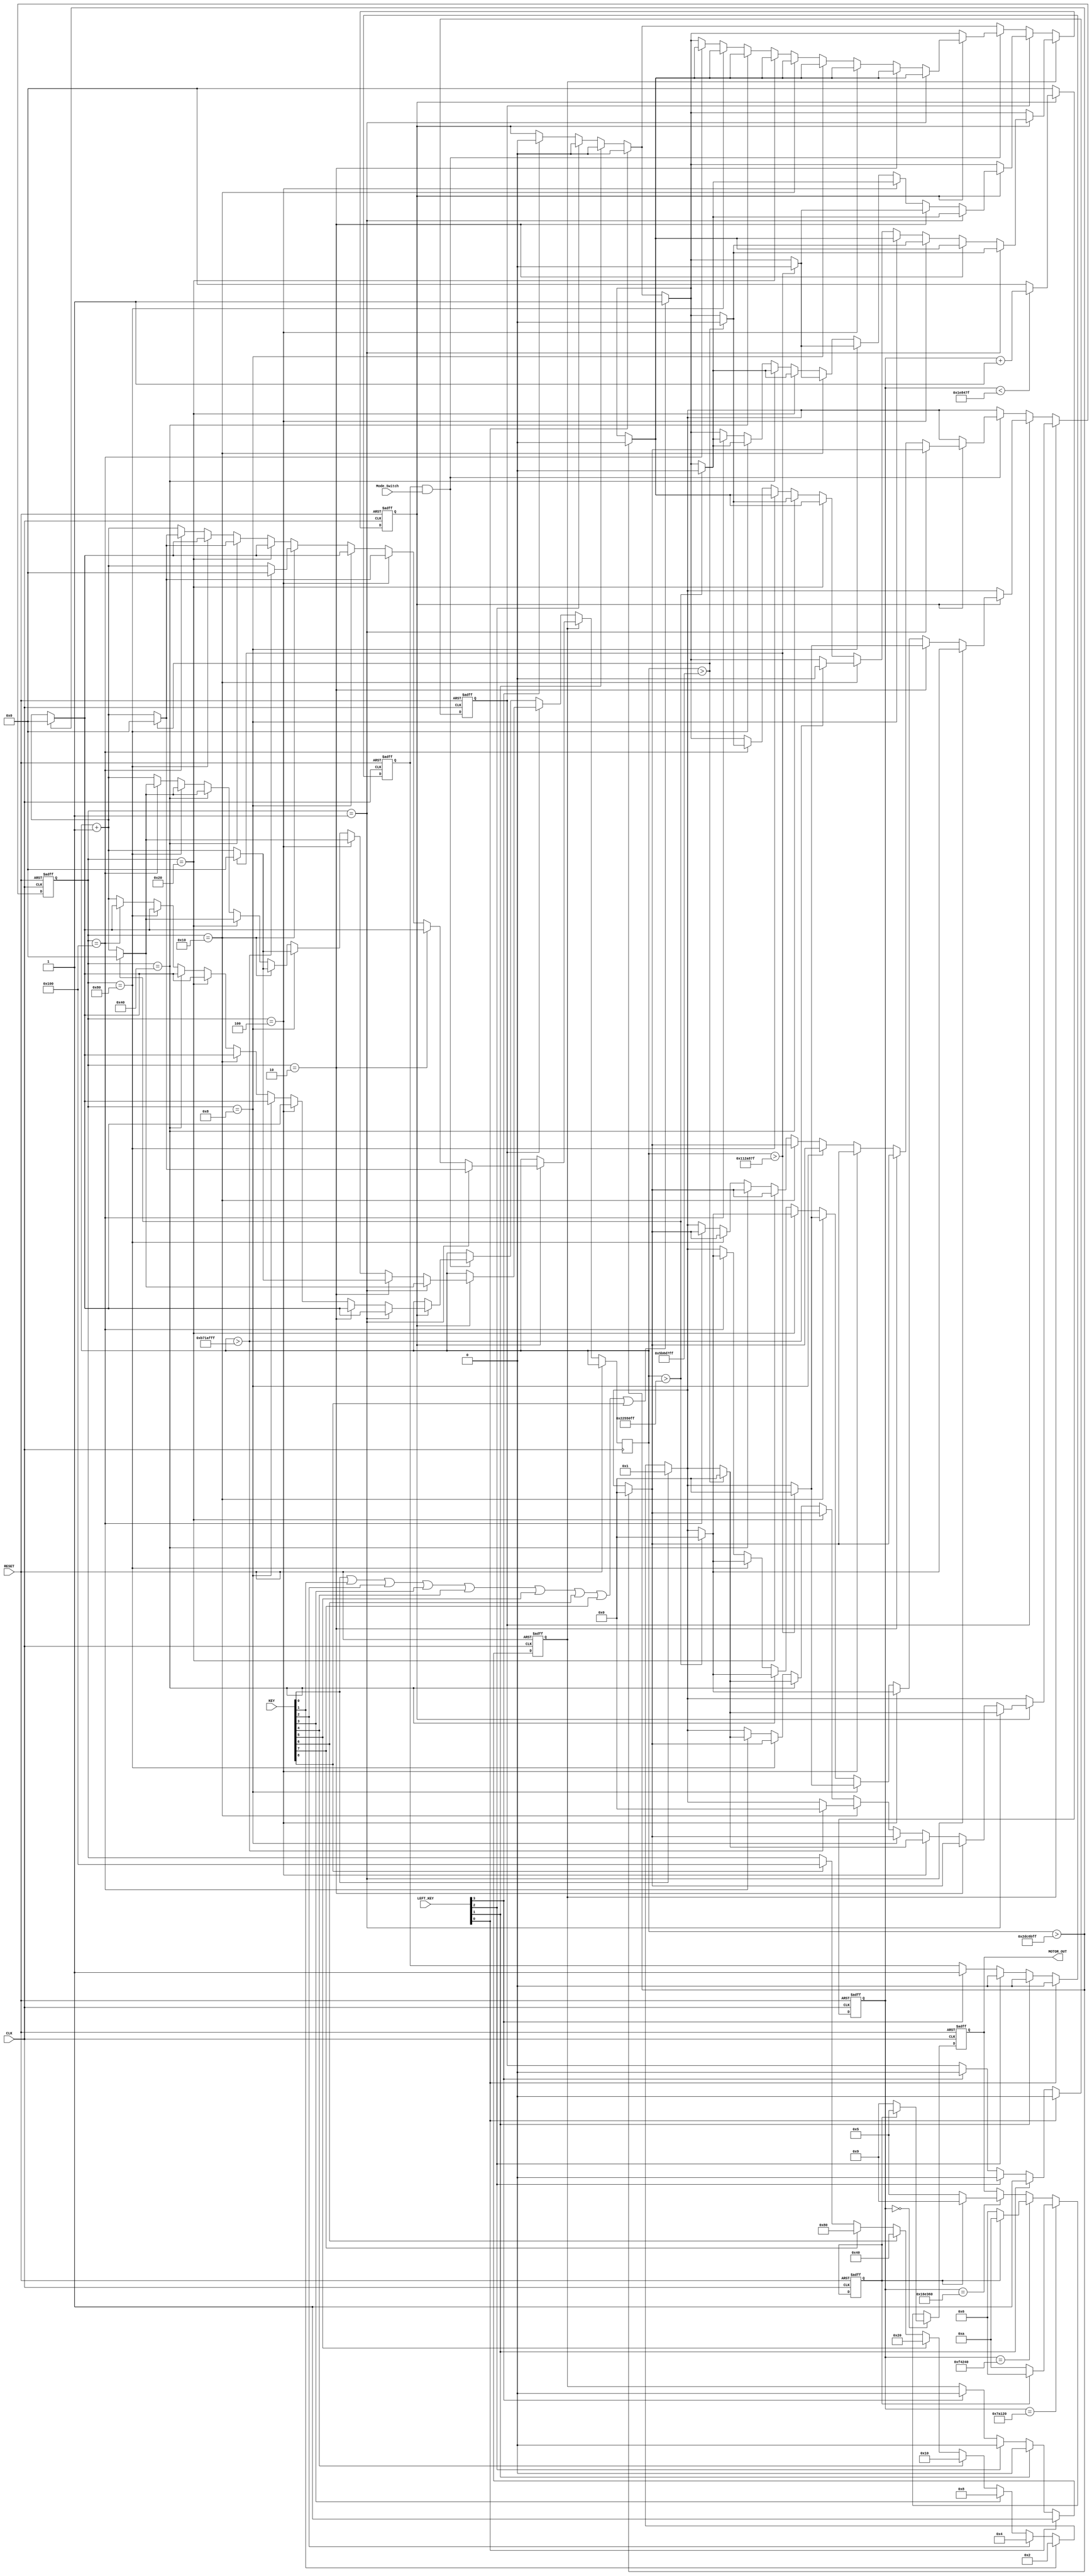
`timescale 1ns / 1ps
module motor(
	input		RESET,
	input 	Mode_Switch,
	input		CLK,
	input		[3:0]	LEFT_KEY,
	output	reg 	[3:0]	MOTOR_OUT,
	
	input[8:0] KEY
);

reg	[31:0]	cnt_motor;
reg	[7:0]		cnt_sw_dir;
reg	[7:0]		cnt_sw_on;
reg			sw_dir;
reg			sw_on;
wire	[31:0]	motor_speed;

reg			reg_MOTOR_DIR;
reg			reg_MOTOR_ON;
reg [8:0] SW;
reg	[31:0] Motor_time;
reg LEFT_K0;
reg LEFT_K1;
reg LEFT_K2;
reg LEFT_K3;

assign motor_speed = 32'd2000000; //Mode_Switch ? 32'd23900000 : 32'd2000000;

/*reg [24:0] cnt;

always @ (posedge CLK or posedge RESET)
begin
	if(RESET)
		cnt <= 25'd0;
	else if(cnt<25'd24999999)
		cnt <= cnt + 25'd1;
	else
	cnt <= 25'd0;
end

always @ (posedge CLK or posedge RESET)
begin
	if(RESET)
		Motor_time <= 0;
	else if(cnt==25'd24999999)
		Motor_time <= Motor_time+1'd1;
end*/

//    Edge Detector  Step Motor On/Off   
always @ (posedge RESET or posedge CLK)
begin
	if(RESET)
		begin
			reg_MOTOR_DIR	<=	1'b0;
			reg_MOTOR_ON		<=	1'b0;
			sw_dir			<=	1'b0;
			sw_on			<=	1'b0;
			SW<=9'b0;
			
			LEFT_K0 <= 0;
			LEFT_K1 <= 0;
			LEFT_K2 <= 0;
			LEFT_K3 <= 0;
		end
	else
		begin
			//reg_MOTOR_DIR	<=	LEFT_KEY[3];
			if(LEFT_KEY[0]==1) begin
				LEFT_K0<=1;
				LEFT_K1<=0;
				LEFT_K2<=0;
				LEFT_K3<=0;
				sw_on<=1'b0; end
			else if(LEFT_KEY[1]==1) begin
				LEFT_K0<=0;
				LEFT_K1<=1;
				LEFT_K2<=0;
				LEFT_K3<=0;
				sw_on<=1'b0; end	
			else if(LEFT_KEY[2]==1) begin
				LEFT_K0<=0;
				LEFT_K1<=0;
				LEFT_K2<=1;
				LEFT_K3<=0;
				sw_on<=1'b0; end	
			else if(LEFT_KEY[3]==1) begin
				LEFT_K0<=0;
				LEFT_K1<=0;
				LEFT_K2<=0;
				LEFT_K3<=1;
				sw_on<=1'b0; end
				
			if(KEY[0]==1)
				SW <= 9'b000000001;
			else if(KEY[1]==1)
				SW <= 9'b000000010;
			else if(KEY[2]==1)
				SW <= 9'b000000100;
			else if(KEY[3]==1)
				SW <= 9'b000001000;
			else if(KEY[4]==1)
				SW <= 9'b000010000;
			else if(KEY[5]==1)
				SW <= 9'b000100000;
			else if(KEY[6]==1)
				SW <= 9'b001000000;
			else if(KEY[7]==1)
				SW <= 9'b010000000;
			else if(KEY[8]==1)
				SW <= 9'b100000000;		
					
			if(LEFT_K0==1)/////////////////////////////////////////////////////////////////////////////////////////////////////////////
			begin
				if(KEY[0]==1||KEY[1]==1||KEY[2]==1||KEY[3]==1||KEY[4]==1||KEY[5]==1||KEY[6]==1||KEY[7]==1||KEY[8]==1)
					sw_on<=1'b1;
				if(sw_on==1)
				begin
					Motor_time<= Motor_time+1'd1;			
					if(SW == 9'b000000001)              //SW[0]
					begin
						if(Motor_time > 32'd95999999)    //96000000 ->4
						begin
							sw_on<=1'b0;
							Motor_time <=32'd0;
							SW <= 9'b000000000;
						end
					end
					else if(SW == 9'b000000010)         //SW[1]
					begin
						if(Motor_time > 32'd47999999)    //48000000 ->2
						begin
							sw_on<=1'b0;
							Motor_time <=32'd0;
							SW <= 9'b000000000;
						end
					end
					else if(SW == 9'b000000100)         //SW[2]
					begin
						if(Motor_time > 32'd95999999)    //96000000 ->4
						begin
							sw_on<=1'b0;
							Motor_time <=32'd0;
							SW <= 9'b000000000;
						end
					end
					else if(SW == 9'b000001000)         //SW[3]
					begin
						if(Motor_time > 32'd47999999)    //48000000 ->2   
						begin
							sw_on<=1'b0;
							Motor_time <=32'd0;
							SW <= 9'b000000000;
						end
					end
					else if(SW == 9'b000010000)         //SW[4]
					begin
						if(Motor_time > 32'd191999999)   //192000000 ->8
						begin
							sw_on<=1'b0;
							Motor_time <=32'd0;
							SW <= 9'b000000000;
						end
					end
					else if(SW == 9'b000100000)         //SW[5]
					begin
						if(Motor_time > 32'd47999999)    //48000000 ->2
						begin
							sw_on<=1'b0;
							Motor_time <=32'd0;
							SW <= 9'b000000000;
						end
					end
					else if(SW == 9'b001000000)        //SW[6]
					begin
						if(Motor_time > 32'd95999999)    //96000000 ->4
						begin
							sw_on<=1'b0;
							Motor_time <=32'd0;
							SW <= 9'b000000000;
						end
					end
					else if(SW == 9'b010000000)        //SW[7]
					begin
						if(Motor_time > 32'd47999999)    //48000000 ->2
						begin
							sw_on<=1'b0;
							Motor_time <=32'd0;
							SW <= 9'b000000000;
						end
					end
					else if(SW == 9'b100000000)          //SW[8]
					begin
						if(Motor_time > 32'd95999999)    //96000000 ->4
						begin
							sw_on<=1'b0;
							Motor_time <=32'd0;
							SW <= 9'b000000000;
						end
					end											
				end
			end//////////////////////////////////////////////////////////////////////////////////
			else if(LEFT_K1==1)
         begin
				if(KEY[0]==1||KEY[1]==1||KEY[2]==1||KEY[3]==1||KEY[4]==1||KEY[5]==1||KEY[6]==1||KEY[7]==1||KEY[8]==1)
					sw_on<=1'b1;
				if(sw_on==1)
				begin
					Motor_time<= Motor_time+1'd1;			
					if(SW == 9'b000000001)              //SW[0]
					begin
						if(Motor_time > 32'd35999999)    //36000000 ->1.5 
						begin
							sw_on<=1'b0;
							Motor_time <=32'd0;
							SW <= 9'b000000000;
						end
					end
					else if(SW == 9'b000000010)         //SW[1]
					begin
						if(Motor_time > 32'd17999999)    //18000000 ->0.75 
						begin
							sw_on<=1'b0;
							Motor_time <=32'd0;
							SW <= 9'b000000000;
						end
					end
					else if(SW == 9'b000000100)         //SW[2]
					begin
						if(Motor_time > 32'd35999999)    //36000000 ->1.5
						begin
							sw_on<=1'b0;
							Motor_time <=32'd0;
							SW <= 9'b000000000;
						end
					end
					else if(SW == 9'b000001000)         //SW[3]
					begin
						if(Motor_time > 32'd17999999)    //18000000 ->0.75  
						begin
							sw_on<=1'b0;
							Motor_time <=32'd0;
							SW <= 9'b000000000;
						end
					end
					else if(SW == 9'b000010000)         //SW[4]
					begin
						if(Motor_time > 32'd17999999)    //18000000 ->0.75 
						begin
							sw_on<=1'b0;
							Motor_time <=32'd0;
							SW <= 9'b000000000;
						end
					end
					else if(SW == 9'b000100000)         //SW[5]
					begin
						if(Motor_time > 32'd35999999)    //36000000 ->1.5
						begin
							sw_on<=1'b0;
							Motor_time <=32'd0;
							SW <= 9'b000000000;
						end
					end
					else if(SW == 9'b001000000)        //SW[6]
					begin
						if(Motor_time > 32'd35999999)    //36000000 ->1.5
						begin
							sw_on<=1'b0;
							Motor_time <=32'd0;
							SW <= 9'b000000000;
						end
					end
					else if(SW == 9'b010000000)        //SW[7]
					begin
						if(Motor_time > 32'd35999999)    //36000000 ->1.5
						begin
							sw_on<=1'b0;
							Motor_time <=32'd0;
							SW <= 9'b000000000;
						end
					end
					else if(SW == 9'b100000000)          //SW[8]
					begin
						if(Motor_time > 32'd35999999)    //36000000 ->1.5
						begin
							sw_on<=1'b0;
							Motor_time <=32'd0;
							SW <= 9'b000000000;
						end
					end											
				end
			end///////////////////////////////////////////////////////////////////////////////////////////////////////////////////////////
			else if((LEFT_K3==1)&&(Mode_Switch))
			begin
				if(KEY[0]==1||KEY[1]==1||KEY[2]==1||KEY[3]==1||KEY[4]==1||KEY[5]==1||KEY[6]==1||KEY[7]==1||KEY[8]==1)
					sw_on<=1'b1;
				if(sw_on==1)
				begin
					Motor_time<= Motor_time+1'd1;			
					if(SW == 9'b000000001)              //SW[0]
					begin
						if(Motor_time > 32'd47999999)    //48000000 ->2
						begin
							sw_on<=1'b0;
							Motor_time <=32'd0;
							SW <= 9'b000000000;
						end
					end
					else if(SW == 9'b000000010)         //SW[1]
					begin
						if(Motor_time > 32'd47999999)    //48000000 ->2
						begin
							sw_on<=1'b0;
							Motor_time <=32'd0;
							SW <= 9'b000000000;
						end
					end
					else if(SW == 9'b000000100)         //SW[2]
					begin
						if(Motor_time > 32'd47999999)    //48000000 ->2
						begin
							sw_on<=1'b0;
							Motor_time <=32'd0;
							SW <= 9'b000000000;
						end
					end
					else if(SW == 9'b000001000)         //SW[3]
					begin
						if(Motor_time > 32'd47999999)    //48000000 ->2   
						begin
							sw_on<=1'b0;
							Motor_time <=32'd0;
							SW <= 9'b000000000;
						end
					end
					else if(SW == 9'b000010000)         //SW[4]
					begin
						if(Motor_time > 32'd47999999)    //48000000 ->2
						begin
							sw_on<=1'b0;
							Motor_time <=32'd0;
							SW <= 9'b000000000;
						end
					end
					else if(SW == 9'b000100000)         //SW[5]
					begin
						if(Motor_time > 32'd47999999)    //48000000 ->2
						begin
							sw_on<=1'b0;
							Motor_time <=32'd0;
							SW <= 9'b000000000;
						end
					end
					else if(SW == 9'b001000000)        //SW[6]
					begin
						if(Motor_time > 32'd47999999)    //48000000 ->2
						begin
							sw_on<=1'b0;
							Motor_time <=32'd0;
							SW <= 9'b000000000;
						end
					end
					else if(SW == 9'b010000000)        //SW[7]
					begin
						if(Motor_time > 32'd47999999)    //48000000 ->2
						begin
							sw_on<=1'b0;
							Motor_time <=32'd0;
							SW <= 9'b000000000;
						end
					end
					else if(SW == 9'b100000000)          //SW[8]
					begin
						if(Motor_time > 32'd47999999)    //48000000 ->2
						begin
							sw_on<=1'b0;
							Motor_time <=32'd0;
							SW <= 9'b000000000;
						end
					end											
				end
			end
			
			
			/*if(LEFT_KEY[3] == 1'b1 & reg_MOTOR_DIR == 1'b0)
				sw_dir <= ~sw_dir;

			if(LEFT_KEY[2] == 1'b1 & reg_MOTOR_ON == 1'b0)
				sw_on <= ~sw_on;*/
		end
end
   
always @ (posedge RESET or posedge CLK)
begin
	if(RESET)
		begin
			cnt_motor <= 32'd0;
			MOTOR_OUT <= 4'b1001;
		end
	else
		begin
			if(!sw_on)
				cnt_motor <= 32'd0;
			else if(cnt_motor < (motor_speed-1))
				cnt_motor <= cnt_motor + 32'd1;
			else
				cnt_motor <= 32'd0;

			// motor_speed   MOTOR_OUT        .
			case (cnt_motor)
				0				:
					if(sw_dir)
						MOTOR_OUT <= 4'b0101;
					else
						MOTOR_OUT <= 4'b1001;

				(motor_speed/4)	:
					if(sw_dir)
						MOTOR_OUT <= 4'b0110;
					else
						MOTOR_OUT <= 4'b1010;

				(motor_speed/4)*2	:
					if(sw_dir)
						MOTOR_OUT <= 4'b1010;
					else
						MOTOR_OUT <= 4'b0110;

				(motor_speed/4)*3	:
					if(sw_dir)
						MOTOR_OUT <= 4'b1001;
					else
						MOTOR_OUT <= 4'b0101;
			endcase
		end
end

endmodule